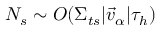
N _ { s } \sim O ( \Sigma _ { t s } | \vec { v } _ { \alpha } | \tau _ { h } )